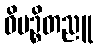
ဝိပဉ္စိတညူ